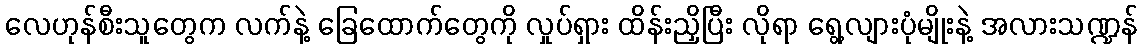
လေဟုန်စီးသူတွေက လက်နဲ့ ခြေထောက်တွေကို လှုပ်ရှား ထိန်းညှိပြီး လိုရာ ရွေ့လျားပုံမျိုးနဲ့ အလားသဏ္ဍန်